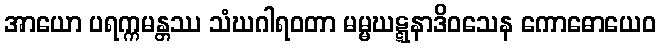
အာယော ပရက္ကမန္တဿ သံဃဂါရဝတာ မမ္မဃဋ္ဋနာဒိဝသေန ကောဓောယေဝ